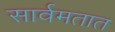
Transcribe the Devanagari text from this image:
सार्वमतात